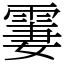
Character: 霋